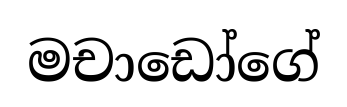
මචාඩෝගේ